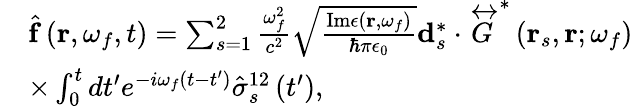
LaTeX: \begin{array}{rl}&{\hat{\mathbf{f}}\left(\mathbf{r},\omega_{f},t\right)=\sum_{s=1}^{2}\frac{\omega_{f}^{2}}{c^{2}}\sqrt{\frac{\mathrm{Im}\epsilon\left(\mathbf{r},\omega_{f}\right)}{\hbar\pi\epsilon_{0}}}\mathbf{d}_{s}^{*}\cdot\overleftrightarrow{G}^{*}\left(\mathbf{r}_{s},\mathbf{r};\omega_{f}\right)}\\ &{\times\int_{0}^{t}dt^{\prime}e^{-i\omega_{f}\left(t-t^{\prime}\right)}\hat{\sigma}_{s}^{12}\left(t^{\prime}\right),}\end{array}